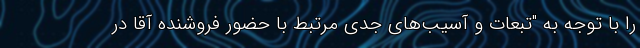
را با توجه به "تبعات و آسیب‌های جدی مرتبط با حضور فروشنده آقا در